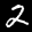
Label: 2